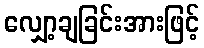
လျှော့ချခြင်းအားဖြင့်